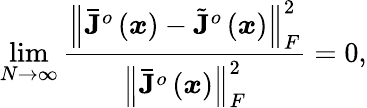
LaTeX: \underset{N\rightarrow\infty}{\operatorname*{lim}}\frac{\left\Vert\mathbf{\bar{J}}^{o}\left(\boldsymbol{x}\right)-\tilde{\mathbf{J}}^{o}\left(\boldsymbol{x}\right)\right\Vert_{F}^{2}}{\left\Vert\mathbf{\bar{J}}^{o}\left(\boldsymbol{x}\right)\right\Vert_{F}^{2}}=0,